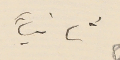
ثانياً